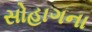
સોહાગના